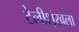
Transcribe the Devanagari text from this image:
टेलीशृंखला